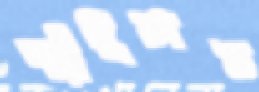
স্ত্রীসুলভ